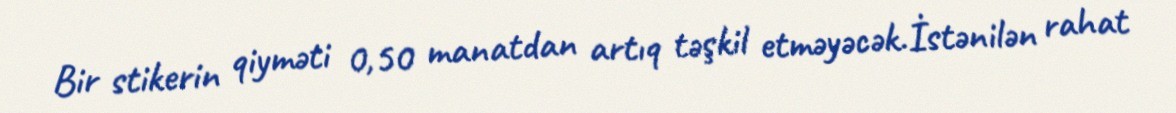
Bir stikerin qiyməti 0,50 manatdan artıq təşkil etməyəcək.İstənilən rahat